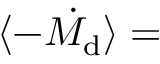
\langle - \dot { M _ { \mathrm { d } } } \rangle =